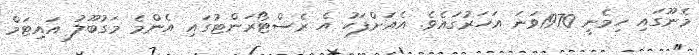
މެނޫގައި ހިމެނީ 1970ވަނަ އަހަރުގައެވެ. އެއަށްފަހު އެ ރެސްޓޯރަންޓުގައި އެންމެ މަގުބޫލު އައިޓަމް